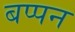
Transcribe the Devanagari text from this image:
बप्पन